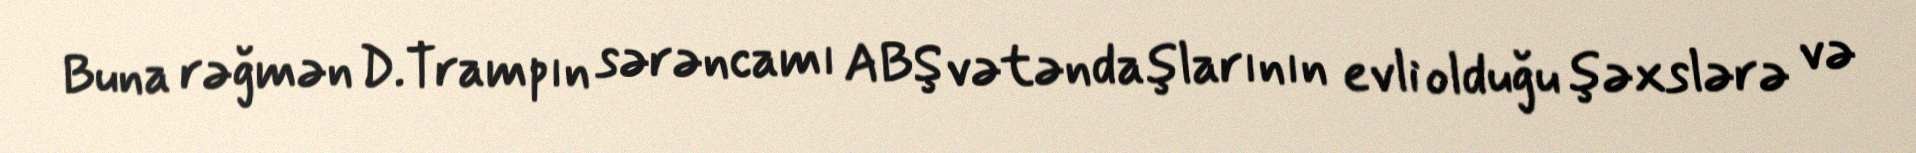
Buna rəğmən D.Trampın sərəncamı ABŞ vətəndaşlarının evli olduğu şəxslərə və